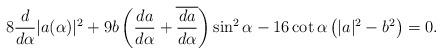
LaTeX: \begin{align*} 8\frac{d}{d\alpha}|a(\alpha)|^{2} + 9 b \left(\frac{da}{d\alpha}+\overline{\frac{da}{d\alpha}} \right)\sin^{2}\alpha - 16 \cot \alpha \left(|a|^{2}-b^2 \right)=0.\end{align*}